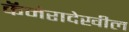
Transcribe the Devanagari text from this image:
कॅमेरादेखील